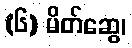
(၆) မိတ်ဆွေ၊